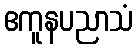
ဧကူနပညာသံ